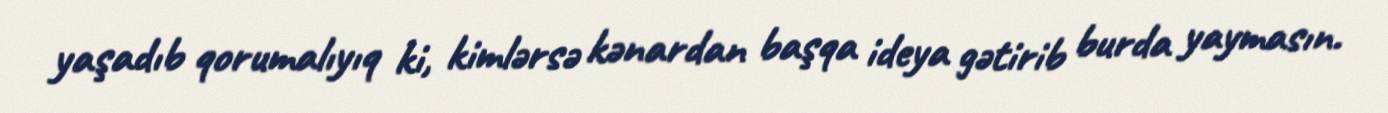
yaşadıb qorumalıyıq ki, kimlərsə kənardan başqa ideya gətirib burda yaymasın.